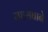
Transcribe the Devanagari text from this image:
महसंघाने